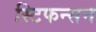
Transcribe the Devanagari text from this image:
स्टिफन्सन